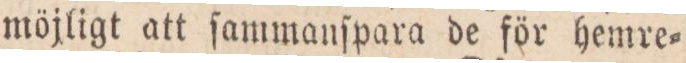
möjligt att ſammanſpara de för hemre=